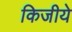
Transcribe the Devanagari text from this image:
किजीये